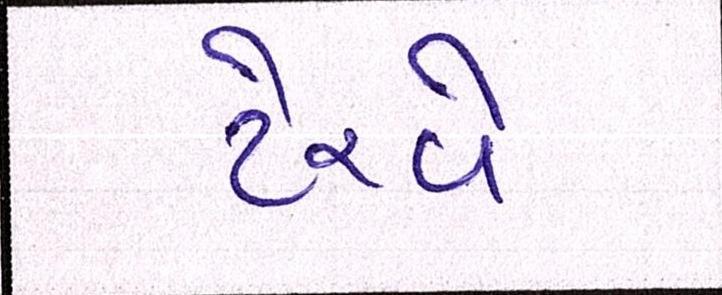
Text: ટેરવે